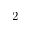
\bar { 2 }